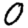
Digit: 0